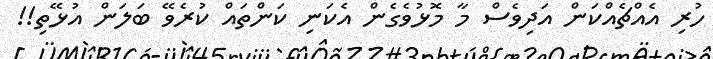
ހުރި އެއްޗެއްކަން އަދިވެސް މާ މޮޅުވެގެން އެކަނި ކަންތައް ކުރެވޭ ބަލަން އުޅޭތި!!